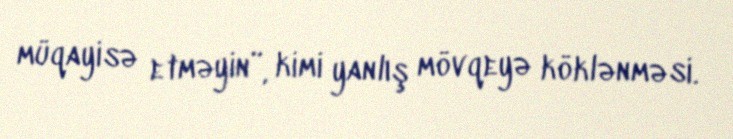
müqayisə etməyin”, kimi yanlış mövqeyə köklənməsi.